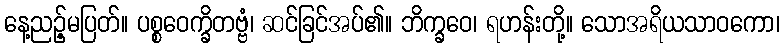
နေ့ညဉ့်မပြတ်။ ပစ္စဝေက္ခိတဗ္ဗံ၊ ဆင်ခြင်အပ်၏။ ဘိက္ခဝေ၊ ရဟန်းတို့။ သောအရိယသာဝကော၊